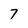
Character: 7